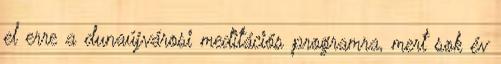
el erre a dunaújvárosi meditációs programra, mert sok év